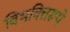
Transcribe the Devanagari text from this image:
विभक्तिरूपे